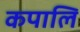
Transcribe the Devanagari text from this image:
कपालि